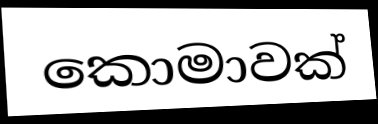
කොමාවක්